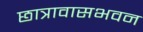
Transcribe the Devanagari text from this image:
छात्रावासभवन